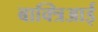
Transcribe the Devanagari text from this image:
बाक्त्रिआई